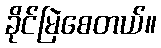
ခိုင်မြဲစေတယ်။